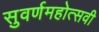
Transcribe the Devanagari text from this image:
सुवर्णमहोत्‍सवी